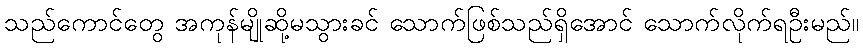
သည်ကောင်တွေ အကုန်မျိုဆို့မသွားခင် သောက်ဖြစ်သည်ရှိအောင် သောက်လိုက်ရဦးမည်။